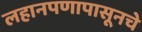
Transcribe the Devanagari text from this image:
लहानपणापासूनचे